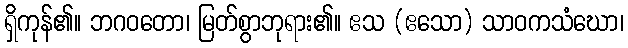
ရှိကုန်၏။ ဘဂဝတော၊ မြတ်စွာဘုရား၏။ ဧသ (ဧသော) သာဝကသံဃော၊